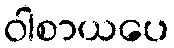
ဝါစာယပေ